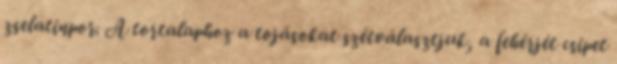
zselatinpor. A tortalaphoz a tojásokat szétválasztjuk, a fehérjét csipet